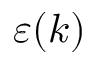
\varepsilon ( k )